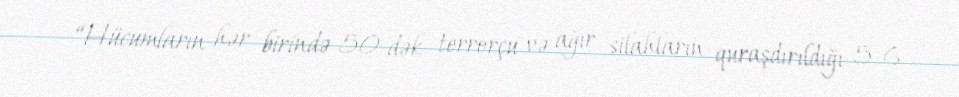
“Hücumların hər birində 50-dək terrorçu və ağır silahların quraşdırıldığı 5-6